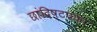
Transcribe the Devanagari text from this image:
छांदिष्टपणा